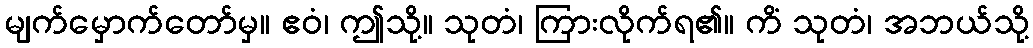
မျက်မှောက်တော်မှ။ ဧဝံ၊ ဤသို့။ သုတံ၊ ကြားလိုက်ရ၏။ ကိံ သုတံ၊ အဘယ်သို့